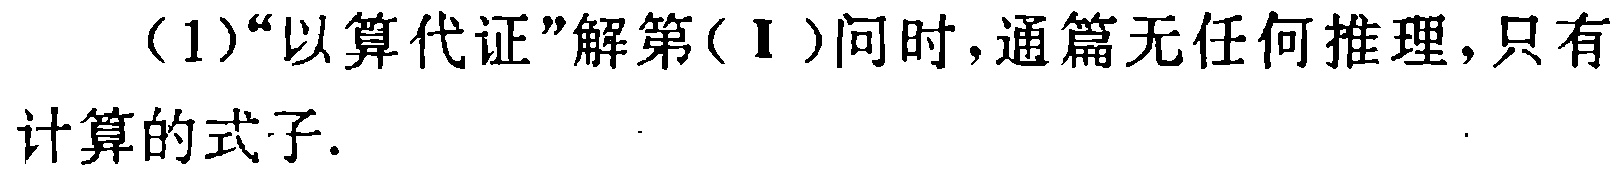
（1）“以算代证”解第(Ⅰ)问时,通篇无任何推理,只有计算的式子.